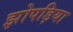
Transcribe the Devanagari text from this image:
झोपड़िया